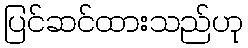
ပြင်ဆင်ထားသည်ဟု